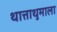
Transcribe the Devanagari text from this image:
थात्ताथुमाला